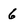
Character: 6